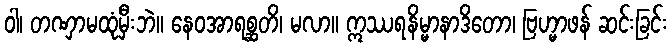
ဝါ၊ တဏှာမထုံမှီးဘဲ။ နေဝအာရစ္ဆတိ၊ မလာ။ ဣဿရနိမ္မာနာဒိတော၊ ဗြဟ္မာဖန် ဆင်းခြင်း